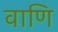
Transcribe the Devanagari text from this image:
वाणि